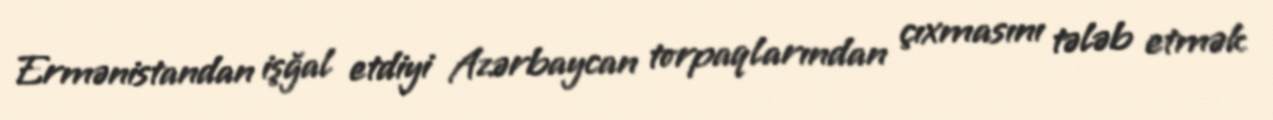
Ermənistandan işğal etdiyi Azərbaycan torpaqlarından çıxmasını tələb etmək